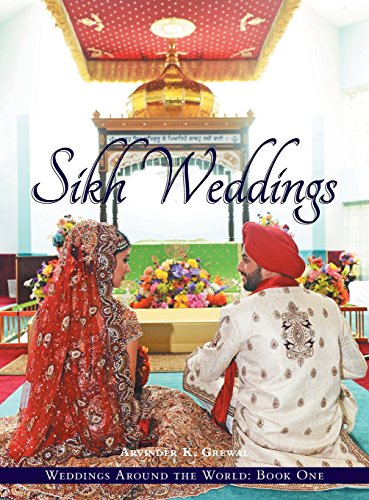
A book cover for Weddings Around the World One: Sikh Weddings; Arvinder K. Grewal; Crafts, Hobbies & Home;